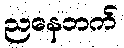
ညနေဘက်